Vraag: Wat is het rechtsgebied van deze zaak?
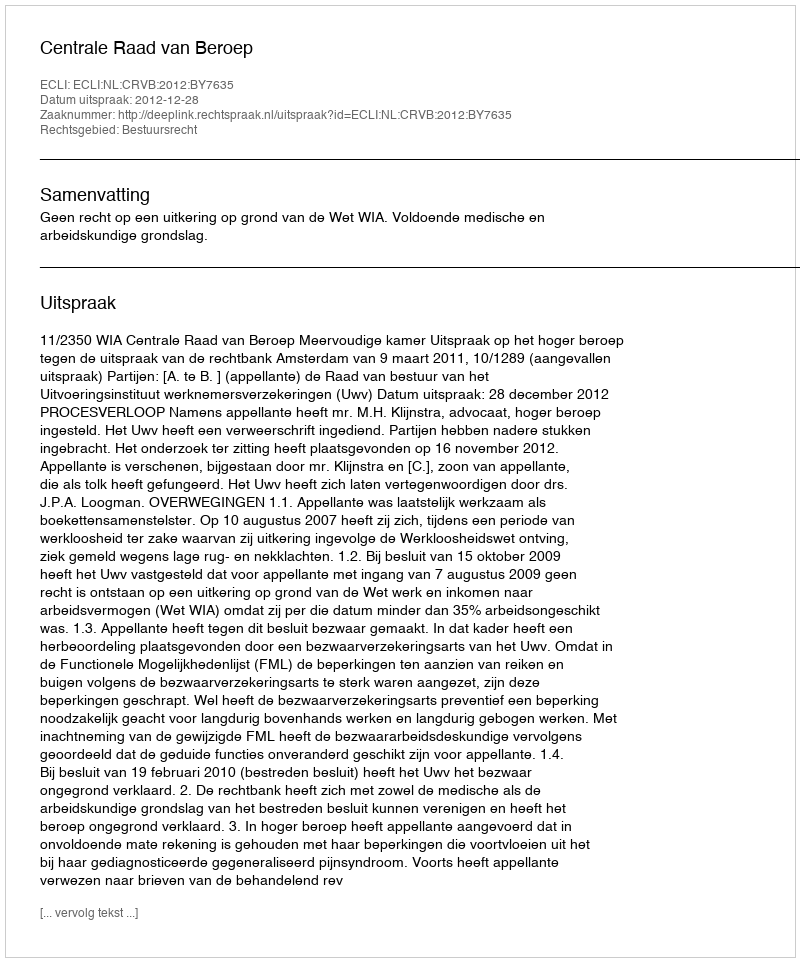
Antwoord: Bestuursrecht